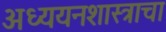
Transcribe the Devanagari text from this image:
अध्ययनशास्त्राचा